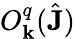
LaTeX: O_{\mathbf{k}}^{q}(\hat{{\mathbf{{J}}}})